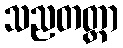
သညတတ္တာ